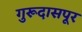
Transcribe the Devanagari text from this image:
गुरूदासपूर